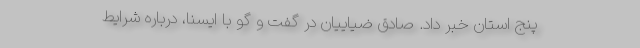
پنج استان خبر داد. صادق ضیاییان در گفت و گو با ایسنا، درباره شرایط